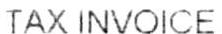
TAX INVOICE